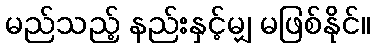
မည်သည့် နည်းနှင့်မျှ မဖြစ်နိုင်။